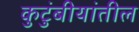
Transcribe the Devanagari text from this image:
कुटुंबीयांतील